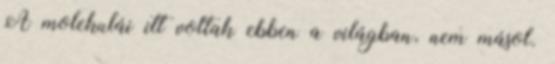
A molekulái itt voltak ebben a világban, nem másol.